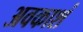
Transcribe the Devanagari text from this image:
अवकाशं